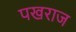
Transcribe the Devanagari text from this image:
पखराज